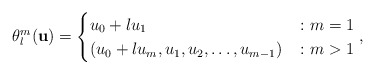
\begin{align*} \theta^m_l(\mathbf{u}) =\begin{cases} u_0 + l u_1 & \colon m=1 \\ (u_0 + l u_m, u_1, u_2, \dots, u_{ m - 1 }) & \colon m > 1\end{cases},\end{align*}